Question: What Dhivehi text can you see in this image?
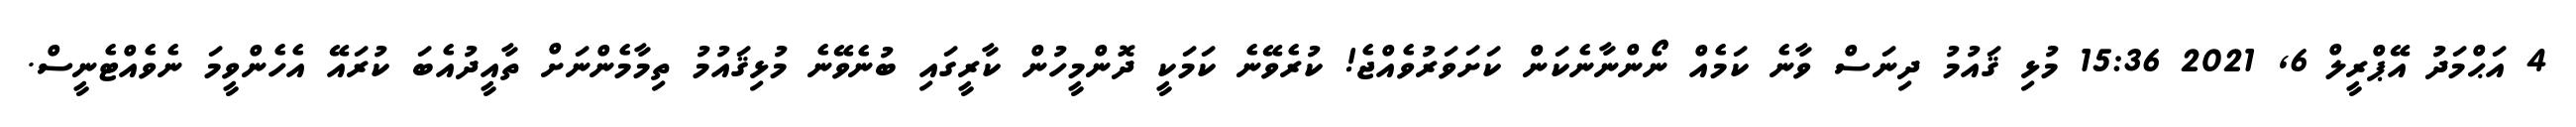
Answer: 4 އަޙްމަދު އޭޕްރީލް 6, 2021 15:36 މުޅި ޤައުމު ދިނަސް ވާނެ ކަމެއް ނޯންނާނެކަން ކަށަވަރުވެއްޖެ! ކުރެވޭނެ ކަމަކީ ދޮންމީހުން ކާރީގައި ބުނެވޭނެ މުޅިޤައުމު ތިމާމެންނަށް ތާއީދުއެބަ ކުރައޭ އެހެންވީމަ ނެވެއްޓެނީސް.